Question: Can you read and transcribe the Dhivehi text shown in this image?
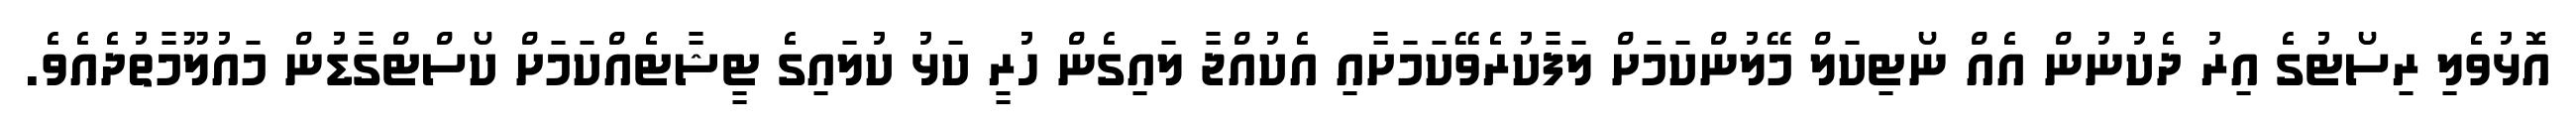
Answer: އޮޅުވެލި ރިސޯޓުގެ އިރު ދެކުނުން އެއް ނޯޓިކަލް މޭލުންކަމަށް ލަފާކުރެވޭކަމަށާއި އެކުއްޖާ ލައިގެން ހުރީ ކަޅު ކުލައިގެ ޓީޝާޓެއްކަމަށް ކޯސްޓްގާޑުން މައުލޫމާތުދެއެވެ.